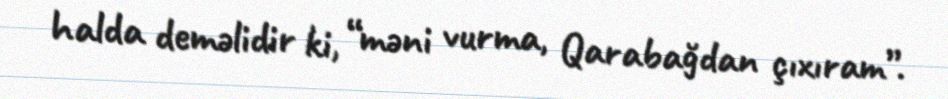
halda deməlidir ki, “məni vurma, Qarabağdan çıxıram”.